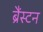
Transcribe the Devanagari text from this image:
ब्रैंस्टन